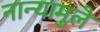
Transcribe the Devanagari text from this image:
नान्यामुले